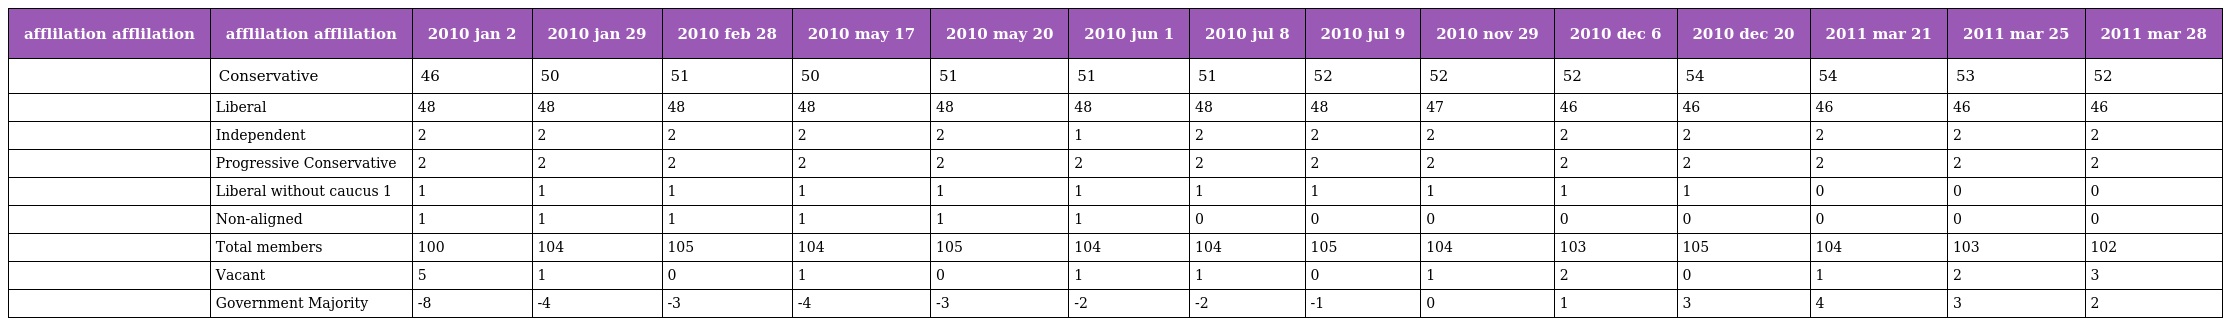
| afflilation afflilation | afflilation afflilation | 2010 jan 2 | 2010 jan 29 | 2010 feb 28 | 2010 may 17 | 2010 may 20 | 2010 jun 1 | 2010 jul 8 | 2010 jul 9 | 2010 nov 29 | 2010 dec 6 | 2010 dec 20 | 2011 mar 21 | 2011 mar 25 | 2011 mar 28 |
 | --- | --- | --- | --- | --- | --- | --- | --- | --- | --- | --- | --- | --- | --- | --- | --- |
 |  | Conservative | 46 | 50 | 51 | 50 | 51 | 51 | 51 | 52 | 52 | 52 | 54 | 54 | 53 | 52 |
 |  | Liberal | 48 | 48 | 48 | 48 | 48 | 48 | 48 | 48 | 47 | 46 | 46 | 46 | 46 | 46 |
 |  | Independent | 2 | 2 | 2 | 2 | 2 | 1 | 2 | 2 | 2 | 2 | 2 | 2 | 2 | 2 |
 |  | Progressive Conservative | 2 | 2 | 2 | 2 | 2 | 2 | 2 | 2 | 2 | 2 | 2 | 2 | 2 | 2 |
 |  | Liberal without caucus 1 | 1 | 1 | 1 | 1 | 1 | 1 | 1 | 1 | 1 | 1 | 1 | 0 | 0 | 0 |
 |  | Non-aligned | 1 | 1 | 1 | 1 | 1 | 1 | 0 | 0 | 0 | 0 | 0 | 0 | 0 | 0 |
 |  | Total members | 100 | 104 | 105 | 104 | 105 | 104 | 104 | 105 | 104 | 103 | 105 | 104 | 103 | 102 |
 |  | Vacant | 5 | 1 | 0 | 1 | 0 | 1 | 1 | 0 | 1 | 2 | 0 | 1 | 2 | 3 |
 |  | Government Majority | -8 | -4 | -3 | -4 | -3 | -2 | -2 | -1 | 0 | 1 | 3 | 4 | 3 | 2 |